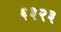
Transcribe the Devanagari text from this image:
६३२३